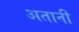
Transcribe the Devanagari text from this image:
अतानी